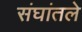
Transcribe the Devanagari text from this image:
संघांतले